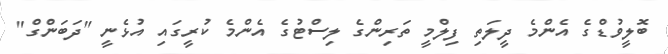
ބޮލީވުޑްގެ އެންމެ ދީލަތި ފިލްމީ ތަރިންގެ ލިސްޓުގެ އެންމެ ކުރީގައި އުޅެނީ "ދަބަންގް"